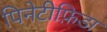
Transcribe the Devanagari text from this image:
पिनेटीफ़िडा